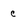
Character: c